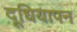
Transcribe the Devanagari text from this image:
दूधियापन